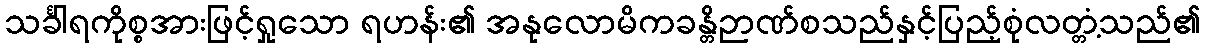
သင်္ခါရကိုစ္စအားဖြင့်ရှုသော ရဟန်း၏ အနုလောမိကခန္တိဉာဏ်စသည်နှင့်ပြည့်စုံလတ္တံ့သည်၏